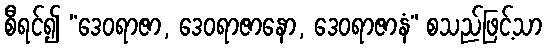
စီရင်၍ “ဒေဝရာဇာ, ဒေဝရာဇာနော, ဒေဝရာဇာနံ” စသည်ဖြင့်သာ